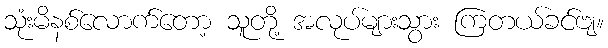
သုံးမိနစ်လောက်တော့ သူတို့ အလုပ်များသွား ကြတယ်ခင်ဗျ။